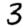
Digit: 3